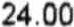
24.00